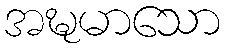
အဍ္ဎမာသော